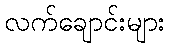
လက်ချောင်းများ